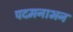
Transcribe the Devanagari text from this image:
पदमनाभन